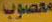
معصوب